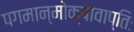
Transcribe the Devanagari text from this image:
पगमान्मोक्षावाप्तिः